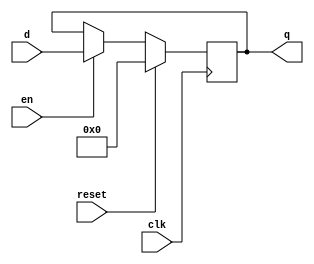
module flopenr_1 #(parameter WIDTH =32)
    (input clk,reset,en,
     input [WIDTH-1:0] d,
     output reg [WIDTH-1:0] q);
    always @(posedge clk)
        if(reset)
            q<=0;
        else
            if(en)
                q<=d;
endmodule